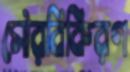
সৌরবিকিরণ